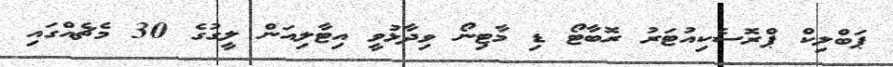
ޕަބްލިކް ޕްރޮސެކިއުޓަރު ރޮބާޓޯ ޑި މާޓިނޯ ވިދާޅުވީ އިޓާލިއަން ލީގުގެ 30 މެޗެއްގައި